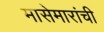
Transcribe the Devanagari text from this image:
मासेमारांची